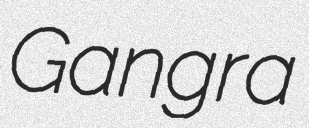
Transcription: Gangra